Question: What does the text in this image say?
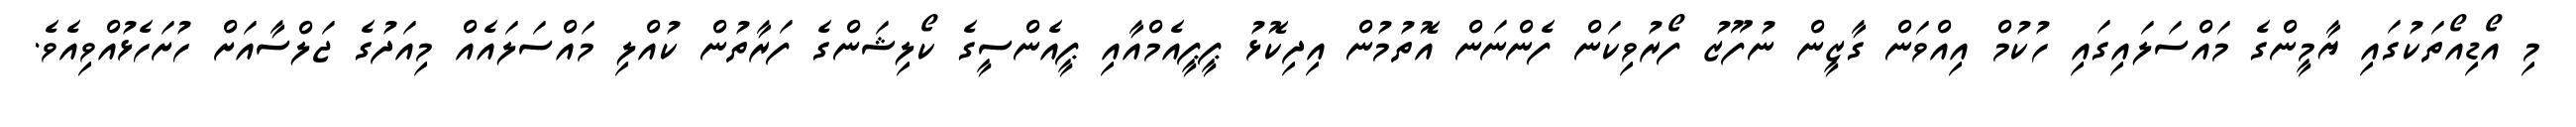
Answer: މި އޯޑިއޯތަކުގައި ޔާމީންގެ މައްސަލައިގައި ހުކުމް އިއްވަން ގާޒީން ނުފޫޒު ފޯރުވިކަން ފެންނަން އޮތުމުން އިދިކޮޅު ޕީޕީއެމްއާއި ޕީއެންސީގެ ކޯލިޝަންގެ ފަރާތުން ކުއްލި މައްސަލައެއް މިއަދުގެ ޖަލްސާއަށް ހުށަހެޅުއްވިއެވެ.